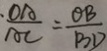
\frac { O A } { A C } = \frac { O B } { B D }